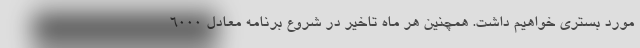
مورد بستری خواهیم داشت. همچنین هر ماه تاخیر در شروع برنامه معادل ۶۰۰۰